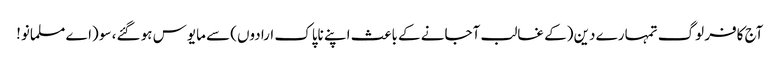
آج کافر لوگ تمہارے دین (کے غالب آجانے کے باعث اپنے ناپاک ارادوں) سے مایوس ہو گئے، سو (اے مسلمانو!